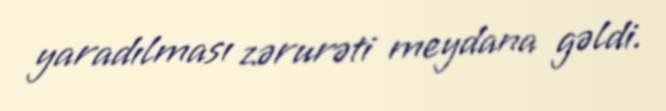
yaradılması zərurəti meydana gəldi.